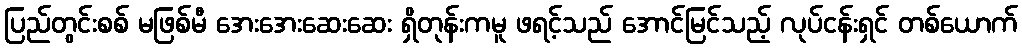
ပြည်တွင်းစစ် မဖြစ်မီ အေးအေးဆေးဆေး ရှိတုန်းကမူ ဖရင့်သည် အောင်မြင်သည့် လုပ်ငန်းရှင် တစ်ယောက်